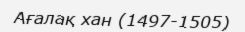
Ағалақ хан (1497-1505)